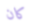
كان